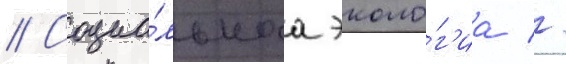
// Социа́льнаа эколо́г'иа //